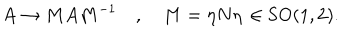
LaTeX: A \rightarrow M A M ^ { - 1 } \quad , \quad M = \eta N \eta \, \in \mathrm { S O ( 1 , 2 ) . }